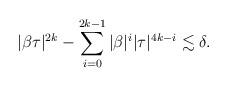
LaTeX: \begin{align*}|\beta\tau|^{2k}-\sum_{i=0}^{2k-1} |\beta|^i|\tau|^{4k-i}\lesssim \delta.\end{align*}